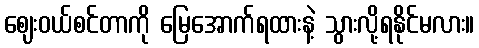
ဈေးဝယ်စင်တာကို မြေအောက်ရထားနဲ့ သွားလို့ရနိုင်မလား။